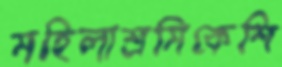
মহিলাশ্রমিকেশি